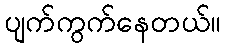
ပျက်ကွက်နေတယ်။